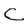
Character: C